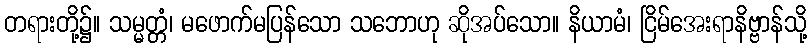
တရားတို့၌။ သမ္မတ္တံ၊ မဖောက်မပြန်သော သဘောဟု ဆိုအပ်သော။ နိယာမံ၊ ငြိမ်အေးရာနိဗ္ဗာန်သို့